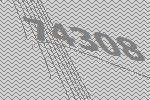
74308